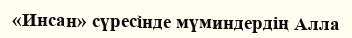
«Инсан» сүресінде мүминдердің Алла